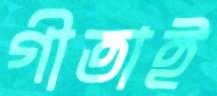
গীতাই